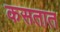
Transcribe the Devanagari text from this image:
कसतात